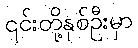
၎င်းတို့နှစ်ဦးမှာ